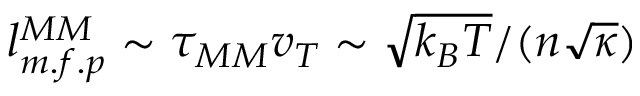
l _ { m . f . p } ^ { M M } \sim \tau _ { M M } v _ { T } \sim \sqrt { k _ { B } T } / ( n \sqrt { \kappa } )